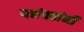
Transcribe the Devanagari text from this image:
यशंवतांनी